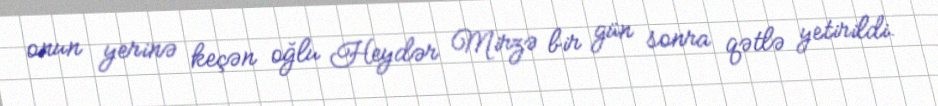
onun yerinə keçən oğlu Heydər Mirzə bir gün sonra qətlə yetirildi.